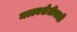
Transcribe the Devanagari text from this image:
मत्स्यशेतीचाही